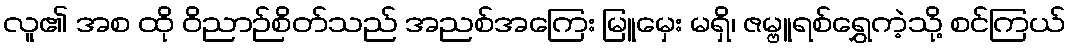
လူ၏ အစ ထို ဝိညာဉ်စိတ်သည် အညစ်အကြေး မြူမှေး မရှိ၊ ဇမ္ဗူရစ်ရွှေကဲ့သို့ စင်ကြယ်